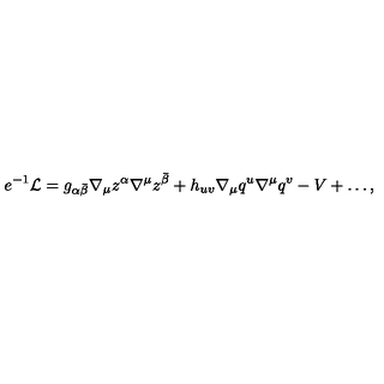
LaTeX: e ^ { - 1 } { \cal L } = g _ { \alpha \bar { \beta } } \nabla _ { \mu } z ^ { \alpha } \nabla ^ { \mu } z ^ { \bar { \beta } } + h _ { u v } \nabla _ { \mu } q ^ { u } \nabla ^ { \mu } q ^ { v } - V + \ldots ,